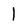
Character: 1